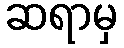
ဆရာမှ